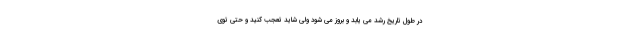
در طول تاریخ رشد می یابد و بروز می شود ولی شاید تعجب کنید و حتی توی